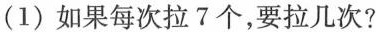
(1)如果每次拉7个，要拉几次?